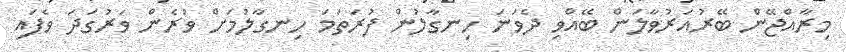
މިރާއްޖޭން ބޭރުއަރުވާލަން ބޭއްވި ދެވަނަ ހިނގާލުން ފުރަތަމަ ހިނގާލުމަށް ވުރެން ވަރުގަދަ ވެފައި